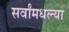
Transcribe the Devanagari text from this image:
सर्वांमधल्या